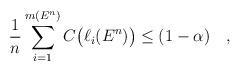
LaTeX: \begin{align*}\frac{1}{n}\sum_{i=1}^{m(E^n)}C\big(\ell_i(E^n)\big)\leq(1-\alpha)\quad,\end{align*}